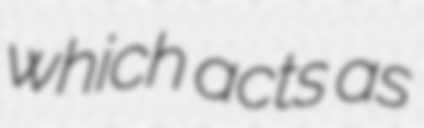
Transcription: which acts as